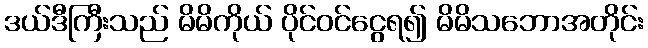
ဒယ်ဒီကြီးသည် မိမိကိုယ် ပိုင်ဝင်ငွေရ၍ မိမိသဘောအတိုင်း